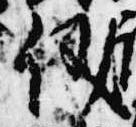
儀